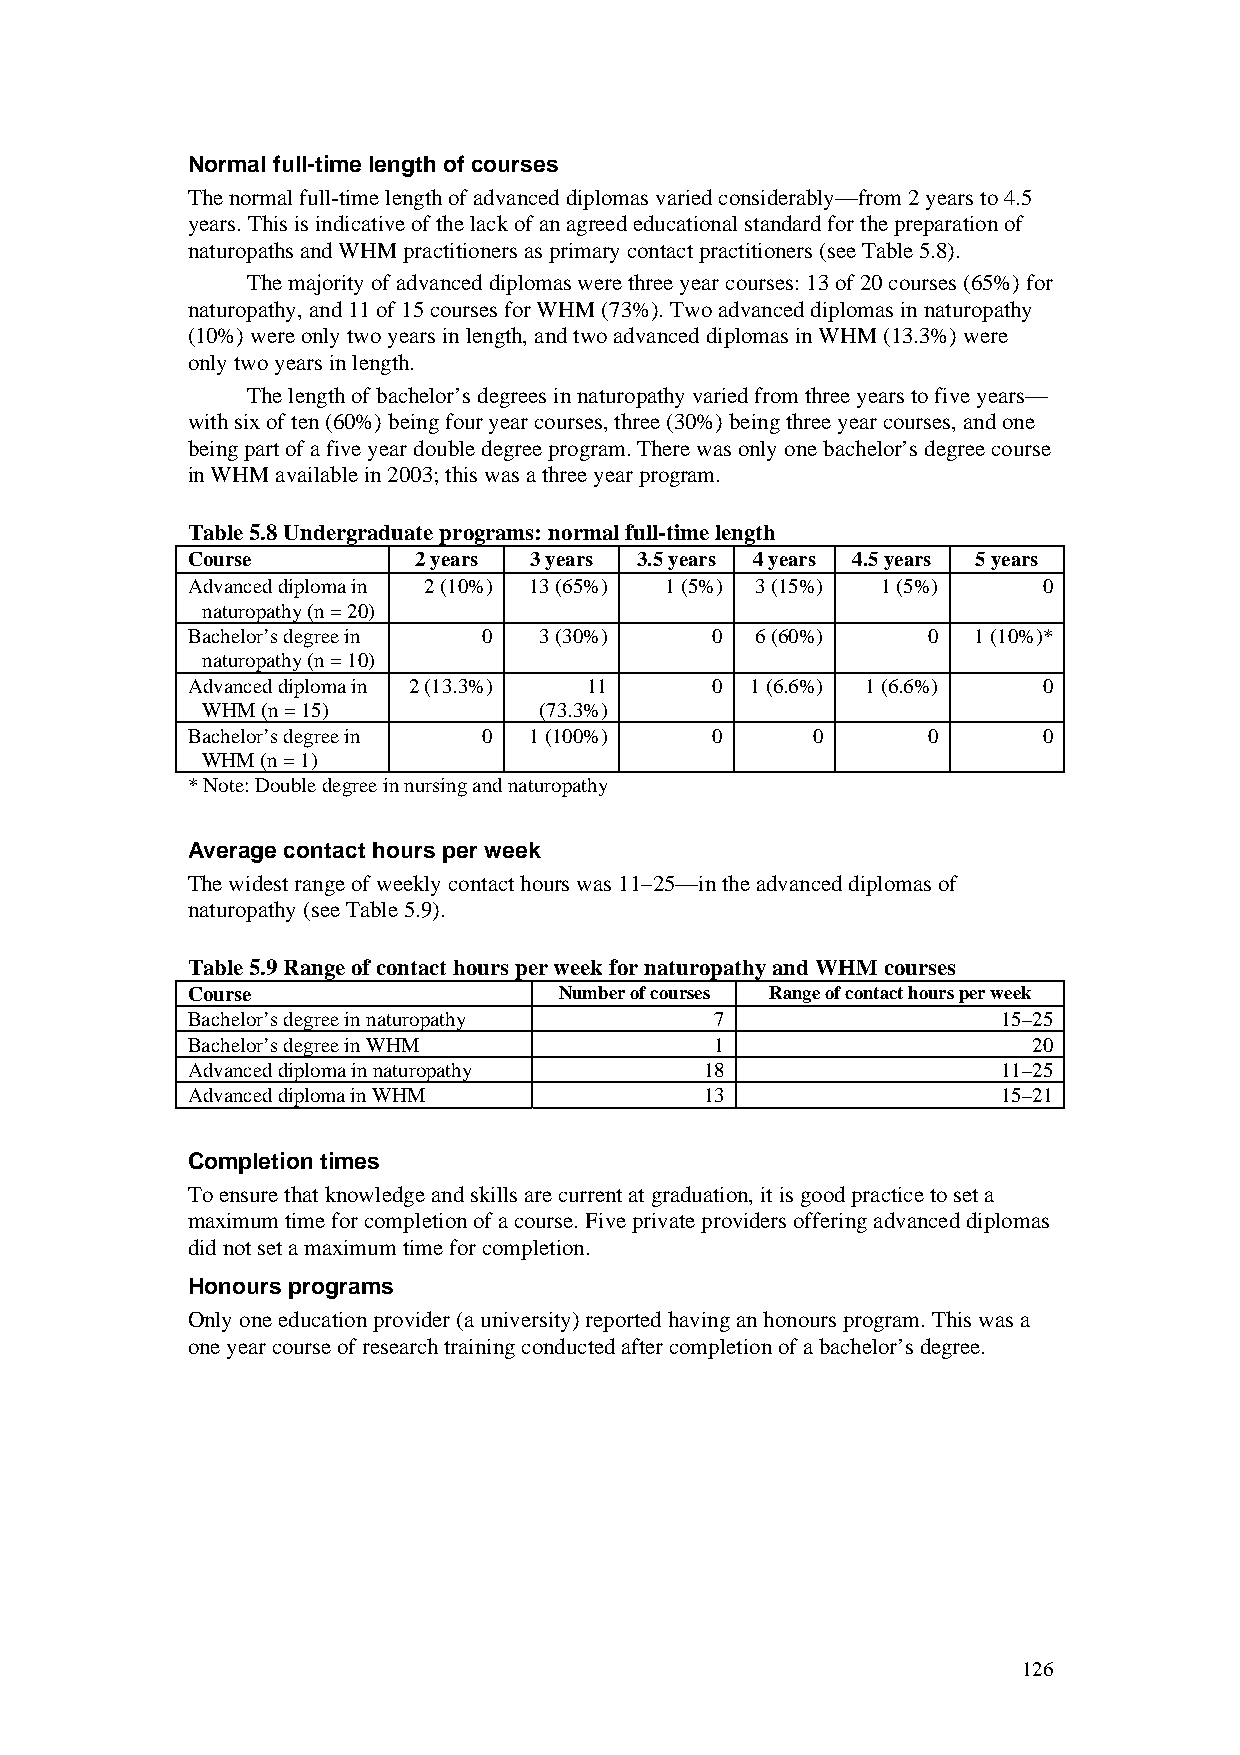
Normal full-time length of courses
 The normal full-time length of advanced diplomas varied considerably—from 2 years to 4.5
 years. This is indicative of the lack of an agreed educational standard for the preparation of
 naturopaths and WHM practitioners as primary contact practitioners (see Table 5.8).
 The majority of advanced diplomas were three year courses: 13 of 20 courses (65%) for
 naturopathy, and 11 of 15 courses for WHM (73%). Two advanced diplomas in naturopathy
 (10%) were only two years in length, and two advanced diplomas in WHM (13.3%) were
 only two years in length.
 The length of bachelor’s degrees in naturopathy varied from three years to five years—
 with six of ten (60%) being four year courses, three (30%) being three year courses, and one
 being part of a five year double degree program. There was only one bachelor’s degree course
 in WHM available in 2003; this was a three year program.
 Table 5.8 Undergraduate programs: normal full-time length
 Course         2 years 3 years 3.5 years 4 years 4.5 years 5 years
 Advanced diploma in 2 (10%) 13 (65%) 1 (5%) 3 (15%) 1 (5%) 0
 naturopathy (n = 20)
 Bachelor’s degree in 0  3 (30%)    0  6 (60%)    0  1 (10%)*
 naturopathy (n = 10)
 Advanced diploma in 2 (13.3%) 11   0  1 (6.6%) 1 (6.6%)  0
 WHM (n = 15)           (73.3%)
 Bachelor’s degree in 0 1 (100%)    0      0      0       0
 WHM (n = 1)
 * Note: Double degree in nursing and naturopathy
 Average contact hours per week
 The widest range of weekly contact hours was 11–25—in the advanced diplomas of
 naturopathy (see Table 5.9).
 Table 5.9 Range of contact hours per week for naturopathy and WHM courses
 Course                   Number of courses Range of contact hours per week
 Bachelor’s degree in naturopathy   7                  15–25
 Bachelor’s degree in WHM           1                    20
 Advanced diploma in naturopathy    18                 11–25
 Advanced diploma in WHM            13                 15–21
 Completion times
 To ensure that knowledge and skills are current at graduation, it is good practice to set a
 maximum time for completion of a course. Five private providers offering advanced diplomas
 did not set a maximum time for completion.
 Honours programs
 Only one education provider (a university) reported having an honours program. This was a
 one year course of research training conducted after completion of a bachelor’s degree.
 126